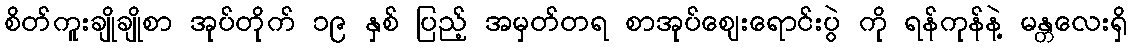
စိတ်ကူးချိုချိုစာ အုပ်တိုက် ၁၉ နှစ် ပြည့် အမှတ်တရ စာအုပ်ဈေးရောင်းပွဲ ကို ရန်ကုန်နဲ့ မန္တလေးရှိ